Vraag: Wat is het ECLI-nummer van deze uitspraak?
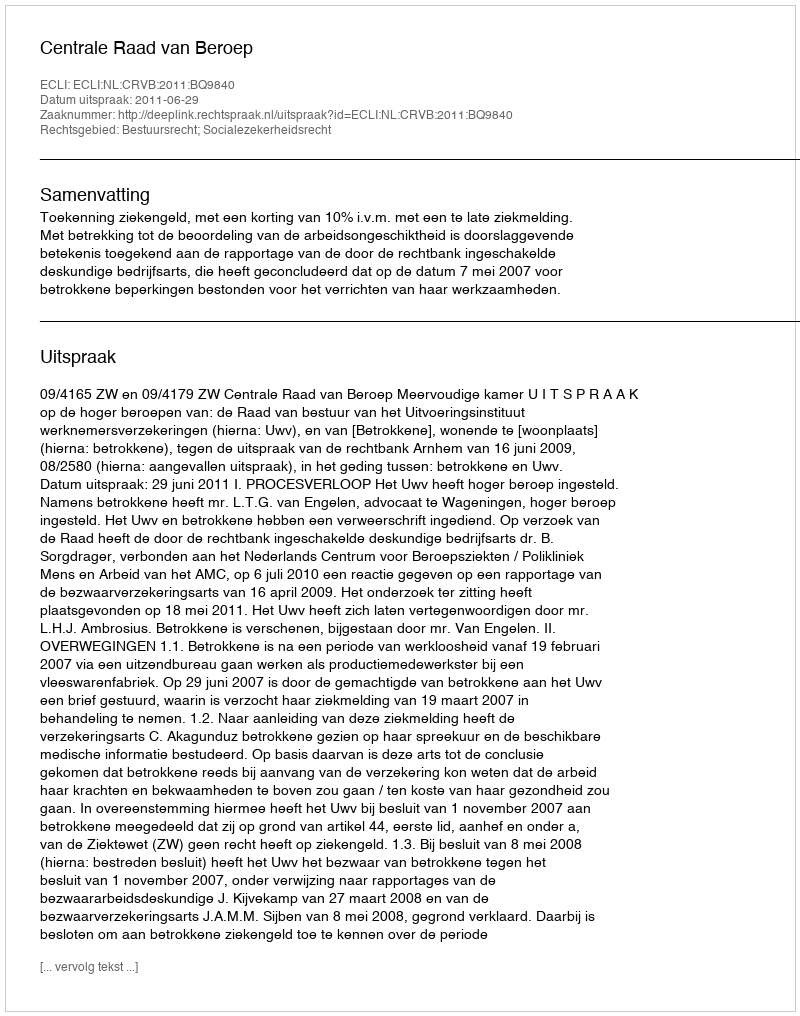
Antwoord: ECLI:NL:CRVB:2011:BQ9840